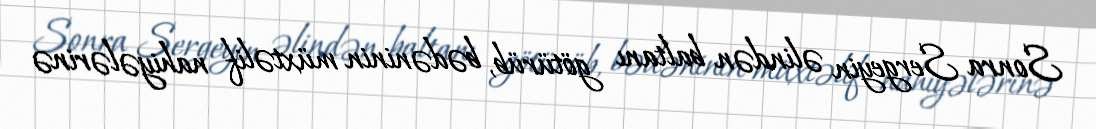
Sonra Sergeyin əlindən baltanı götürüb, bədəninin müxtəlif nahiyələrinə